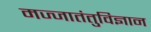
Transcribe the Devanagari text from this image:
मज्जातंतुविज्ञान